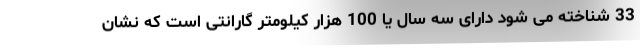
33 شناخته می شود دارای سه سال یا 100 هزار کیلومتر گارانتی است که نشان